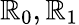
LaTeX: \mathbb{R}_{0},\mathbb{R}_{1}